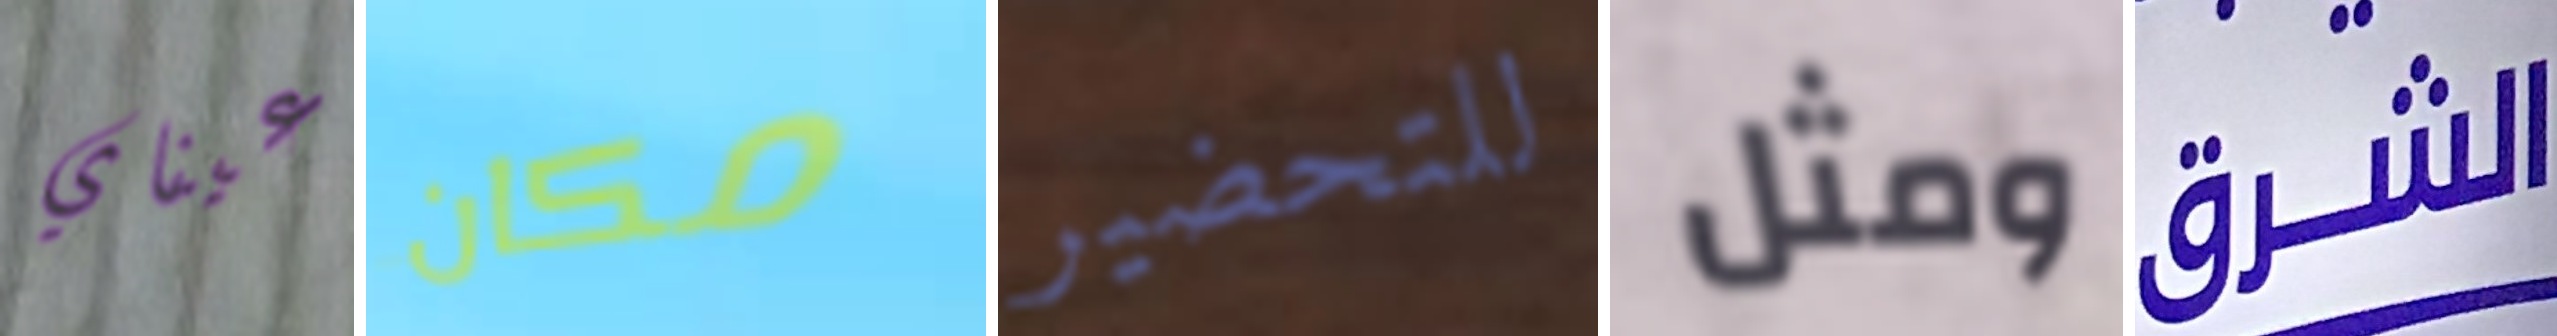
عيناي مكان للتحضير ومثل الشرق